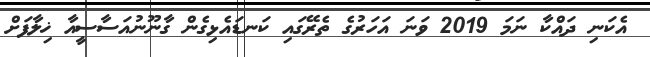
އެކަނި ދައްކާ ނަމަ 2019 ވަނަ އަހަރުގެ ތެރޭގައި ކަނޑައެޅިގެން ގާނޫނުއަސާސީއާ ޚިލާފަށް